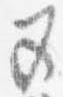
五